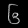
Digit: ၆